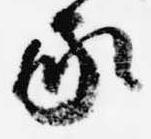
家